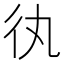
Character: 𢓃